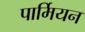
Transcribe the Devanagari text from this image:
पार्मियन